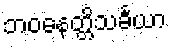
ဘဝနေတ္တိသင်္ခယာ